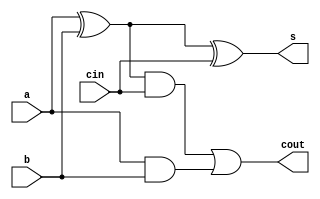
module adder ( input    a,      //names module, declare's 2
               input    b,      //1-bit inputs to sum as well
               input    cin,    //as carry-in
               output   s,      //declares sum and carry-out
               output   cout);  //as outputs

    xor(x, a,b);    //lays out circuit of 1-bit full adder
    and(y, x,cin);  
    and(z, a,b);
    xor(s, x,cin);
    or(cout, y,z);
endmodule